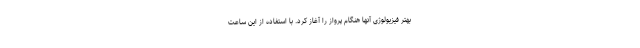
بهتر فیزیولوژی آنها هنگام پرواز را آغاز کرد. با استفاده از این ساعت